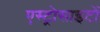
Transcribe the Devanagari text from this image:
एस्ट्रोसाइटों